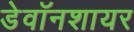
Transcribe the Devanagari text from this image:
डेवॉनशायर